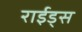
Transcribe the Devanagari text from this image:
राईड्स